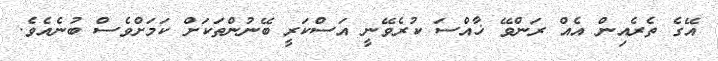
އޭގެ ތެރެއިން އެއް ރަންވޭ ޚާއްސަ ކުރެވޭނީ އަސްކަރީ ބޭނުންތަކަށް ކަމަށްވެސް ބުނެއެވެ.